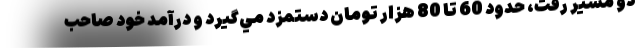
دو مسير رفت، حدود 60 تا 80 هزار تومان دستمزد مي‌گيرد و درآمد خود صاحب